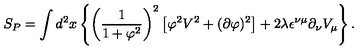
S _ { P } = \int d ^ { 2 } x \left\{ \left( \frac { 1 } { 1 + \varphi ^ { 2 } } \right) ^ { 2 } \left[ \varphi ^ { 2 } V ^ { 2 } + ( \partial \varphi ) ^ { 2 } \right] + 2 \lambda \epsilon ^ { \nu \mu } \partial _ { \nu } V _ { \mu } \right\} .